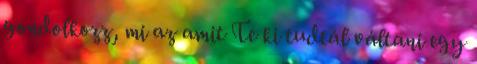
gondolkozz, mi az amit Te ki tudtál váltani egy